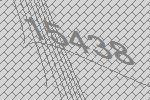
15438